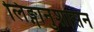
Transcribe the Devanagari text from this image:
लिङ्गानुशासन